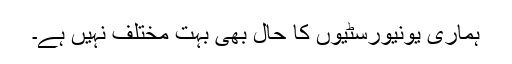
ہماری یونیورسٹیوں کا حال بھی بہت مختلف نہیں ہے۔